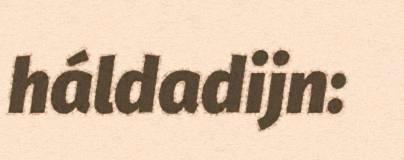
háldadijn: